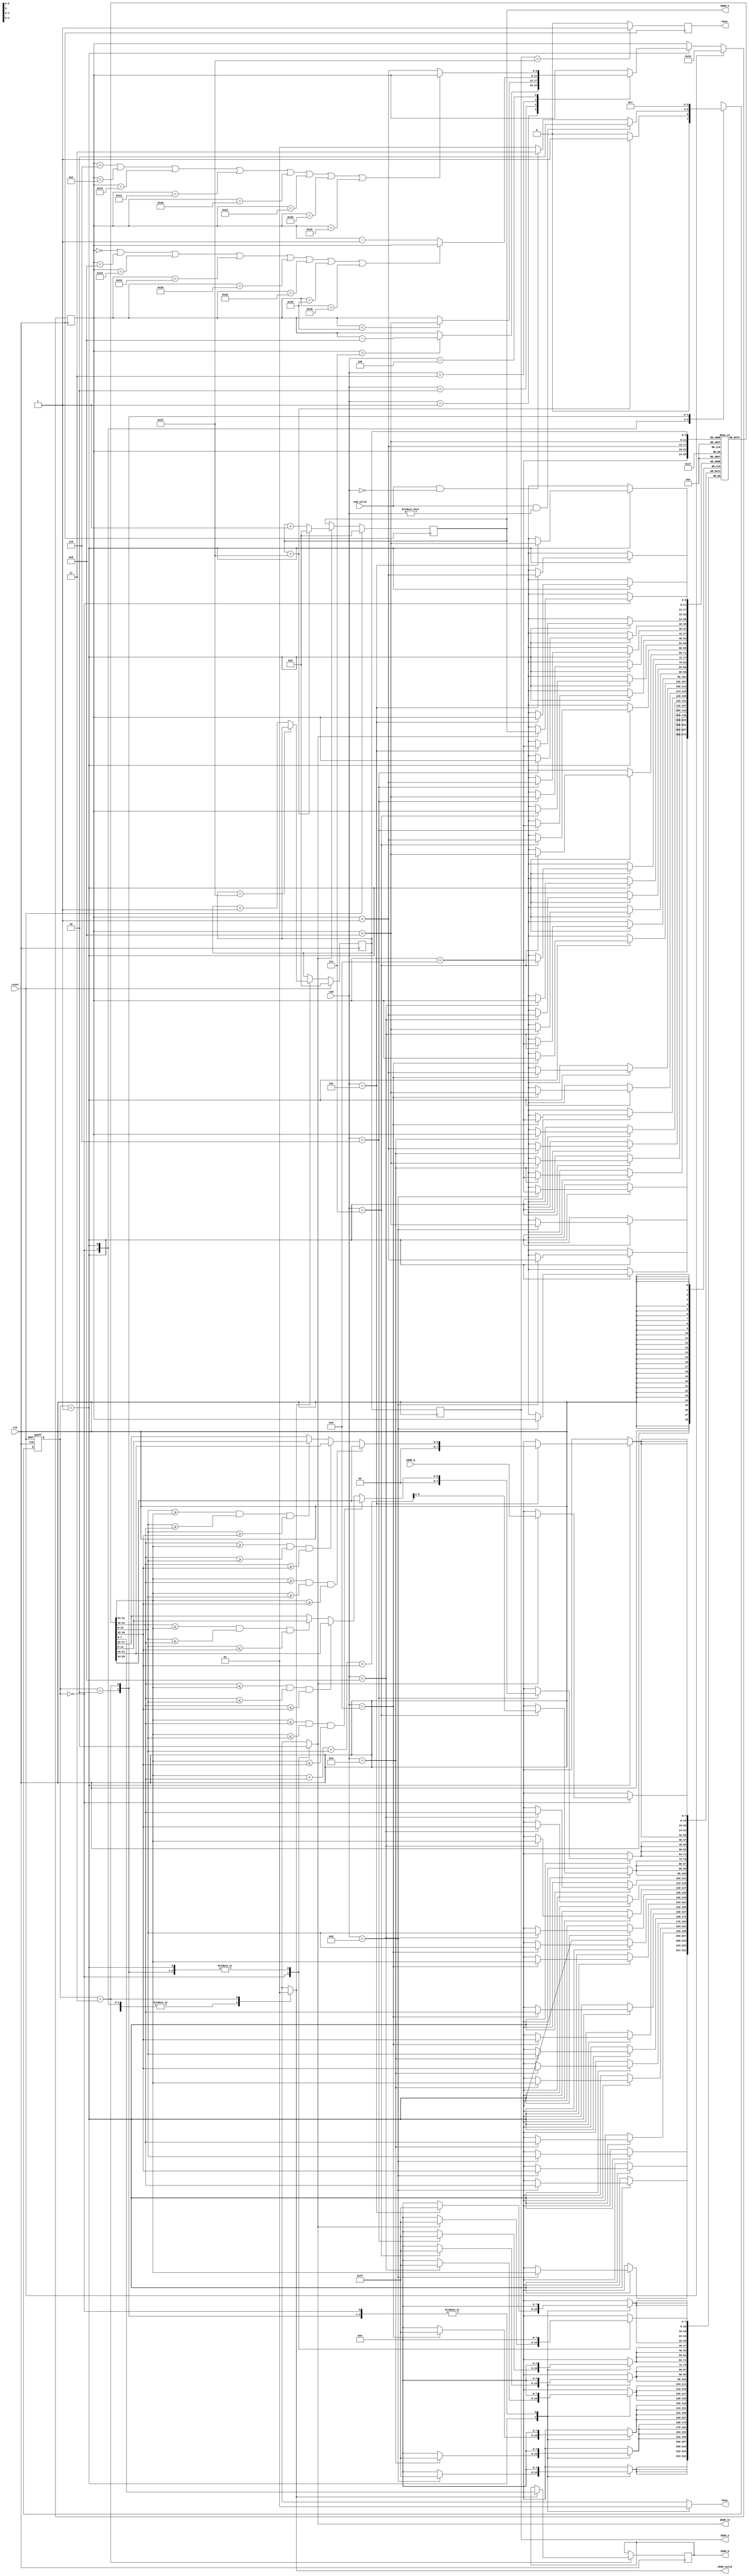
module LCD_CTRL(clk, reset, cmd, cmd_valid, IROM_Q, IROM_rd, IROM_A, IRAM_valid, IRAM_D, IRAM_A, busy, done);
	input clk;
	input reset;
	input [3:0] cmd;
	input cmd_valid;
	input [7:0] IROM_Q;
	output reg IROM_rd;
	output reg[5:0] IROM_A;
	output reg IRAM_valid;
	output reg [7:0] IRAM_D;
	output reg [5:0] IRAM_A;
	output reg busy;
	output reg done;
	
	
	//parameter
	parameter READ = 2'd0;
	parameter IDLE_CMD = 2'd1;
	parameter OP = 2'd2;
	parameter WRITE = 2'd3;
	
	
	//reg wire define
	reg [1:0] state_cs;
	reg [1:0] state_ns;
	
	reg [7:0] ImageBuffer[63:0];
	reg [5:0] Max;
	reg [9:0] Sum;
	reg [5:0] Min;
	reg [5:0] counter;
	reg [5:0] P0;
	wire [5:0] P1;
	wire [5:0] P2;
	wire [5:0] P3;
	
	//square
	assign P1 = P0 + 6'd1;
	assign P2 = P0 + 6'd8;
	assign P3 = P0 + 6'd9;
	
	
	//state switch
	always@(posedge clk or posedge reset)begin
		if(reset) state_cs <= READ;
		else state_cs <= state_ns;
	end
	
	//next state logic
	always@(*)begin
		case(state_cs)
			READ:
			begin
				if (IROM_A == 6'd63) state_ns = IDLE_CMD;
				else state_ns =READ;				
			end
			IDLE_CMD:
			begin
				if(cmd_valid && cmd != 4'd0) state_ns = OP;
				else if(cmd_valid && cmd == 4'd0) state_ns = WRITE;
				else state_ns = IDLE_CMD;
			end
			OP:
			begin
				state_ns = IDLE_CMD;
			end
			WRITE:
			begin
				state_ns = WRITE;
			end
		endcase
	end
	//control singal
	always@(*)begin
		case(state_cs)
			READ:
			begin
				IROM_rd = 1'd1;
				IRAM_valid = 1'd0;
				busy = 1'd1;
			end
			IDLE_CMD:
			begin
				IROM_rd = 1'd0;
				IRAM_valid = 1'd0;
				busy = 1'd0;
			end
			OP:
			begin
				IROM_rd = 1'd0;
				IRAM_valid = 1'd0;
				busy = 1'd1;
			end
			WRITE:
			begin
				IROM_rd = 1'd0;
				IRAM_valid = 1'd1;
				busy = 1'd1;
			end
		endcase
	end
	
	//IROM_A COUNTER
	always@(posedge clk)begin
		if (reset == 1'd1) 	IROM_A <= 6'd0;
		else if (IROM_rd == 1'd1)begin
			if(IROM_A  == 6'd63)	IROM_A  <= 6'd0;
			else IROM_A  <= IROM_A  +6'd1;
		end
	end
	
	//IRAM_A counter
	always@(posedge clk)begin
		if (reset == 1'd1) counter <= 6'd0;
		else if(IRAM_valid == 6'd1)begin
			if(counter == 6'd63) counter <= counter;
			else counter <= counter + 6'd1;
		end
	end
	
	//IRAM_A dealy 1 clk
	always@(posedge clk)begin
		IRAM_A <= counter ;
	end
	
	//point move
	always@(posedge clk)begin
		if (reset == 1'd1)	P0 <= 6'h1b;
		else begin
			if (state_cs == IDLE_CMD)begin
				case(cmd)
					4'd1:	//shift_up
					begin	
						if(P0 > 6'd7)	P0 <= P0 - 6'd8;
						else	P0 <= P0;
					end
					
					4'd2:	//shift_down
					begin
						if (P0 < 6'h30)	P0 <= P0 + 6'd8;
						else	P0 <= P0;
					end
					
					4'd3:	//shift_left
					begin
						if (P0 == 6'h0 || P0 == 6'h8 || P0 == 6'h10 || P0 == 6'h18 || P0 == 6'h20 || P0 == 6'h28 || P0 == 6'h30 || P0 == 6'h38)	P0 <= P0;
						else P0 <= P0 -6'd1;
					end
					
					4'd4:	//shift_right
					begin
						if (P0 == 6'h6 || P0 == 6'he || P0 == 6'h16 || P0 == 6'h1e || P0 == 6'h26 || P0 == 6'h2e || P0 == 6'h36 || P0 == 6'h3e)	P0 <= P0;
						else P0 <= P0 + 6'd1;
					end
										
				endcase
			end
		end
	end
	
	//comparetor
	always@(*)begin//max
		if(ImageBuffer[P0] >= ImageBuffer[P1] && ImageBuffer[P0] >= ImageBuffer[P2]&& ImageBuffer[P0] >= ImageBuffer[P3]) Max = ImageBuffer[P0];
		else if(ImageBuffer[P1] >= ImageBuffer[P0] && ImageBuffer[P1] >= ImageBuffer[P2]&& ImageBuffer[P1] >= ImageBuffer[P3]) Max = ImageBuffer[P1];
		else if(ImageBuffer[P2] >= ImageBuffer[P0] && ImageBuffer[P2] >= ImageBuffer[P1]&& ImageBuffer[P2] >= ImageBuffer[P3]) Max = ImageBuffer[P2];
		else Max = ImageBuffer[P3];	
	end
	
	always@(*)begin//min
		if(ImageBuffer[P0] <= ImageBuffer[P1] && ImageBuffer[P0] <= ImageBuffer[P2]&& ImageBuffer[P0] <= ImageBuffer[P3]) Min = ImageBuffer[P0];
		else if(ImageBuffer[P1] <= ImageBuffer[P0] && ImageBuffer[P1] <= ImageBuffer[P2]&& ImageBuffer[P1] <= ImageBuffer[P3]) Min = ImageBuffer[P1];
		else if(ImageBuffer[P2] <= ImageBuffer[P0] && ImageBuffer[P2] <= ImageBuffer[P1]&& ImageBuffer[P2] <= ImageBuffer[P3]) Min = ImageBuffer[P2];
		else Min = ImageBuffer[P3];	
	end
	
	always@(*)begin//sum
		Sum = ImageBuffer[P0] + ImageBuffer[P1] + ImageBuffer[P2] + ImageBuffer[P3];
	end
	
	
	//output logic
	always@(posedge clk)begin
		case(state_cs)
			READ:
				begin
					if(IROM_rd == 1'd1) ImageBuffer[IROM_A] <= IROM_Q;
				end
			IDLE_CMD:
				begin
					case(cmd)
						4'd5: //Max
							begin
								ImageBuffer[P0] <= Max;
								ImageBuffer[P1] <= Max;
								ImageBuffer[P2] <= Max;
								ImageBuffer[P3] <= Max;
							end
							
						4'd6: //Min
							begin
								ImageBuffer[P0] <= Min;
								ImageBuffer[P1] <= Min;
								ImageBuffer[P2] <= Min;
								ImageBuffer[P3] <= Min;
							end
							
						4'd7: //average
							begin
								ImageBuffer[P0] <= Sum[9:2];
								ImageBuffer[P1] <= Sum[9:2];
								ImageBuffer[P2] <= Sum[9:2];
								ImageBuffer[P3] <= Sum[9:2];
							end
							
						4'd8: //counterclkrotation
							begin
								ImageBuffer[P0] <= ImageBuffer[P1];
								ImageBuffer[P1] <= ImageBuffer[P3];
								ImageBuffer[P2] <= ImageBuffer[P0];
								ImageBuffer[P3] <= ImageBuffer[P2];
							end
							
						4'd9: //clkrotation
							begin
								ImageBuffer[P0] <= ImageBuffer[P2];
								ImageBuffer[P1] <= ImageBuffer[P0];
								ImageBuffer[P2] <= ImageBuffer[P3];
								ImageBuffer[P3] <= ImageBuffer[P1];
							end
							
						4'd10: //mirrorX
							begin
								ImageBuffer[P0] <= ImageBuffer[P2];
								ImageBuffer[P1] <= ImageBuffer[P3];
								ImageBuffer[P2] <= ImageBuffer[P0];
								ImageBuffer[P3] <= ImageBuffer[P1];
							end
						4'd11: //mirrorY
							begin
								ImageBuffer[P0] <= ImageBuffer[P1];
								ImageBuffer[P1] <= ImageBuffer[P0];
								ImageBuffer[P2] <= ImageBuffer[P3];
								ImageBuffer[P3] <= ImageBuffer[P2];
							end
					endcase
				end
			OP:
				begin
			
				end
			WRITE:
				begin
					if(IRAM_valid == 1'd1) IRAM_D <= ImageBuffer[counter];
				end
		endcase
	end
	
	//done
	always@(posedge clk)begin
		if(IRAM_A == 6'd63)	done <= 1'd1;
		else done <= 1'd0;
	end
endmodule